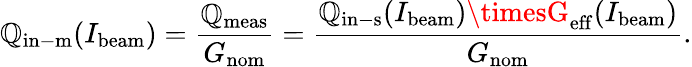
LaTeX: \mathbb{Q}_{\mathrm{{in-m}}}(I_{\mathrm{{beam}}})=\frac{{\mathbb{Q}_{\mathrm{{meas}}}}}{{G_{\mathrm{{nom}}}}}=\frac{{\mathbb{Q}_{\mathrm{{in-s}}}(I_{\mathrm{{beam}}})\timesG_{\mathrm{{eff}}}(I_{\mathrm{{beam}}})}}{{G_{\mathrm{{nom}}}}}.